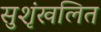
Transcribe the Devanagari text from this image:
सुशृंखलित